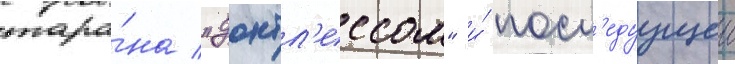
тара́на "донтл'ессом" и́ посл'едуущеи